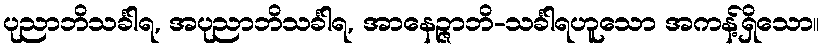
ပုညာဘိသင်္ခါရ, အပုညာဘိသင်္ခါရ, အာနေဉ္ဇာဘိ-သင်္ခါရဟူသော အကန့်ရှိသော။